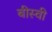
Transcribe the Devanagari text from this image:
बीस्वी